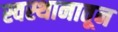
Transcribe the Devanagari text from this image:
स्वस्थानातून